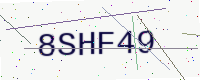
Text: 8SHF49